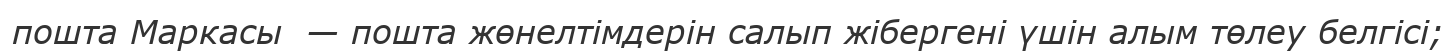
пошта Маркасы  — пошта жөнелтімдерін салып жібергені үшін алым төлеу белгісі;